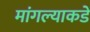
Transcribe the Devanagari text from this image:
मांगल्याकडे